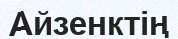
Айзенктің